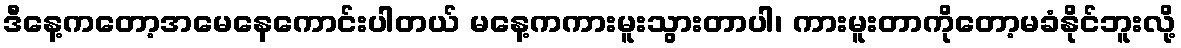
ဒီနေ့ကတော့အမေနေကောင်းပါတယ် မနေ့ကကားမူးသွားတာပါ၊ ကားမူးတာကိုတော့မခံနိုင်ဘူးလို့